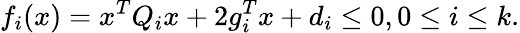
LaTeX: f_{i}(x)=x^{T}Q_{i}x+2g_{i}^{T}x+d_{i}\leq 0,0\leq i\leq k.